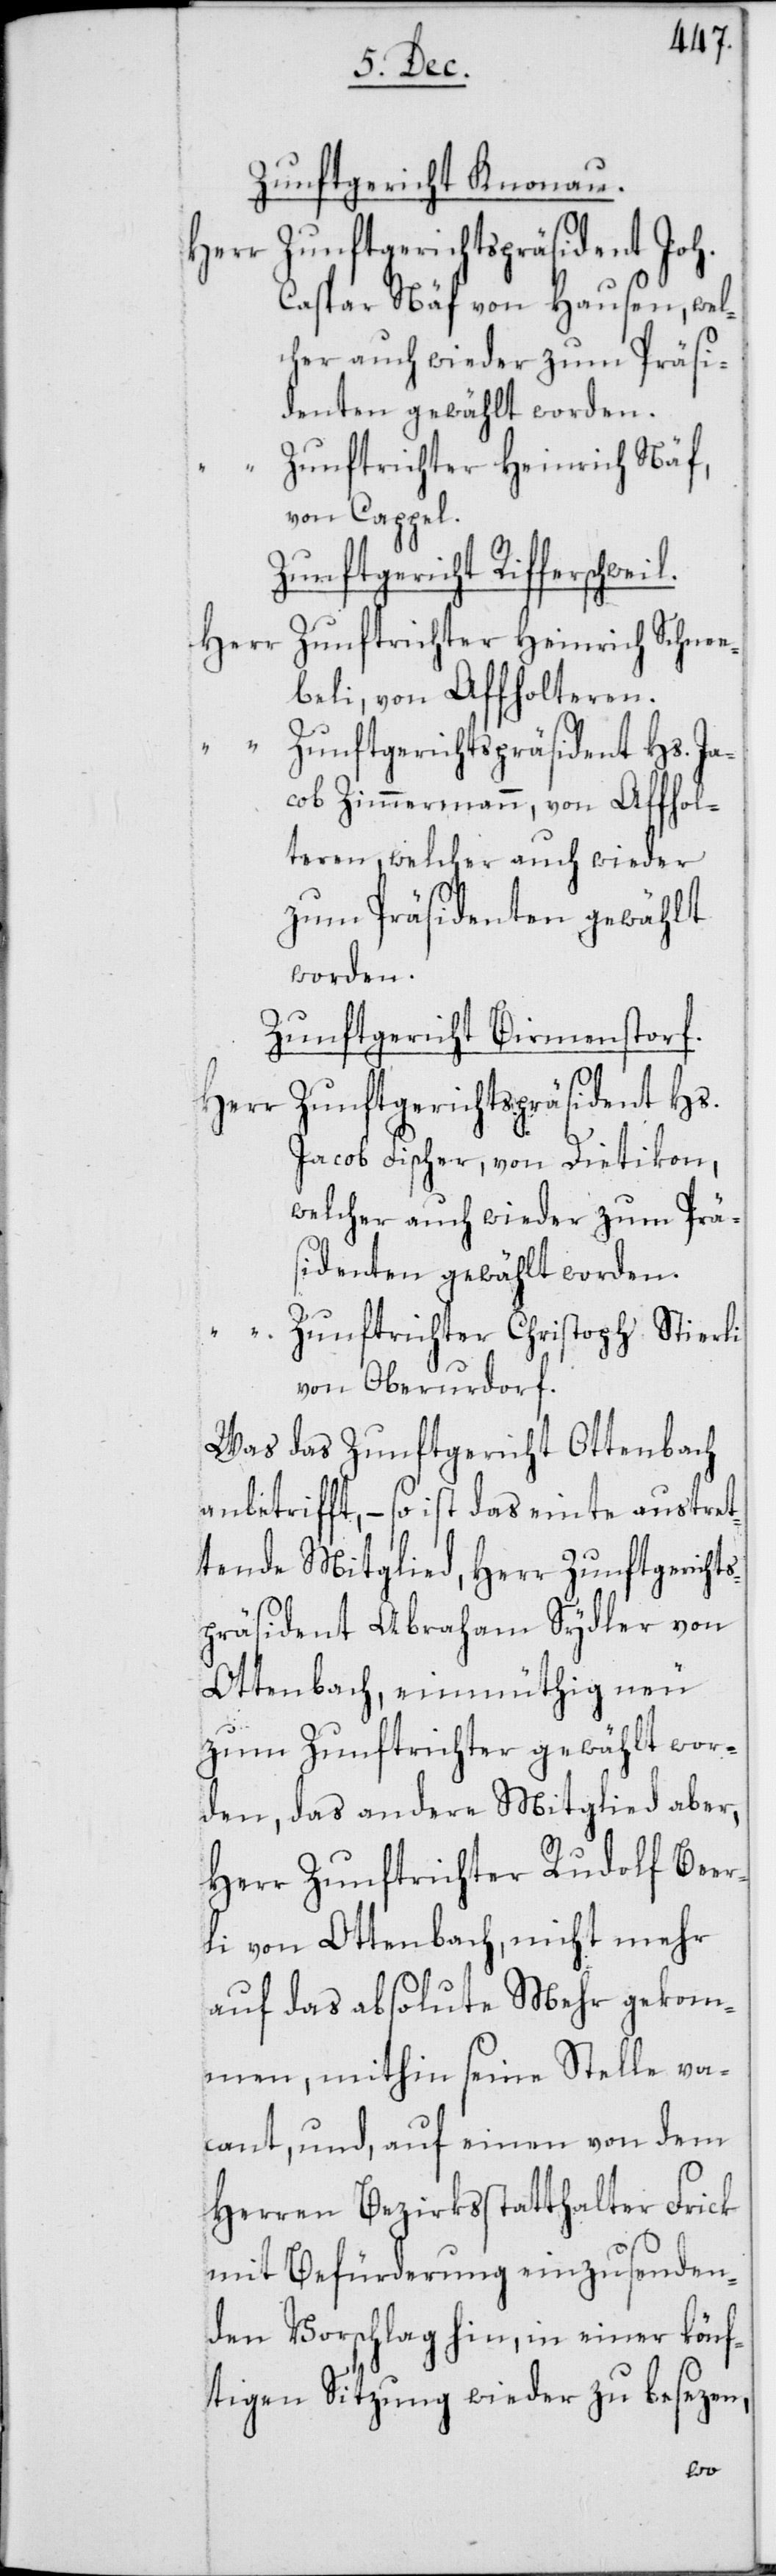
Zunftgericht Knonau.
Herr Zunftgerichtspräsident Joh.
Caspar Näf von Hausen, welc¬
denten gewählt worden.
Zunftrichter Heinrich Näf,
von Cappel.
Zunftgericht Rifferschweil.
Zunftrichter Heinrich Schnee¬
Herr
beli, von Affholteren.
“
Zunftgerichtspräsident Hs. Ja¬
cob Zimmermann, von Affhol¬
teren, welcher auch wieder
zum Präsidenten gewählt
worden.
Zunftgericht Birmenstorf.
Herr Zunftgerichtspräsident Hs.
Jacob Fischer, von Dietikon,
welcher auch wieder zum
identen gewählt worden.
“ Zunftrichter Christoph Stierli
von Oberurdorf.
Was das Zunftgericht Ottenbach
anbetrifft, – so ist das einte austret¬
tende Mitglied, Herr Zunftgerichts¬
präsident Abraham Sydler von
Ottenbach, einmüthig neu
zum Zunftrichter gewählt wor¬
den, das andere Mitglied aber,
Herr Zunftrichter Rudolf Bee¬
rli von Ottenbach, nicht mehr
auf das absolute Mehr gekom¬
men, mithin seine Stelle va¬
cant, und, auf einen von dem
Herren Bezirksstatthalter Frick
mit Befürderung einzusenden¬
den Vorschlag hin, in einer könf¬
tigen Sitzung wieder zu besezen,
Präs¬